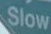
Slow